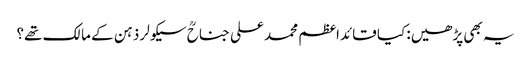
یہ بھی پڑھیں: کیا قائداعظم محمد علی جناحؒ سیکولر ذہن کے مالک تھے؟